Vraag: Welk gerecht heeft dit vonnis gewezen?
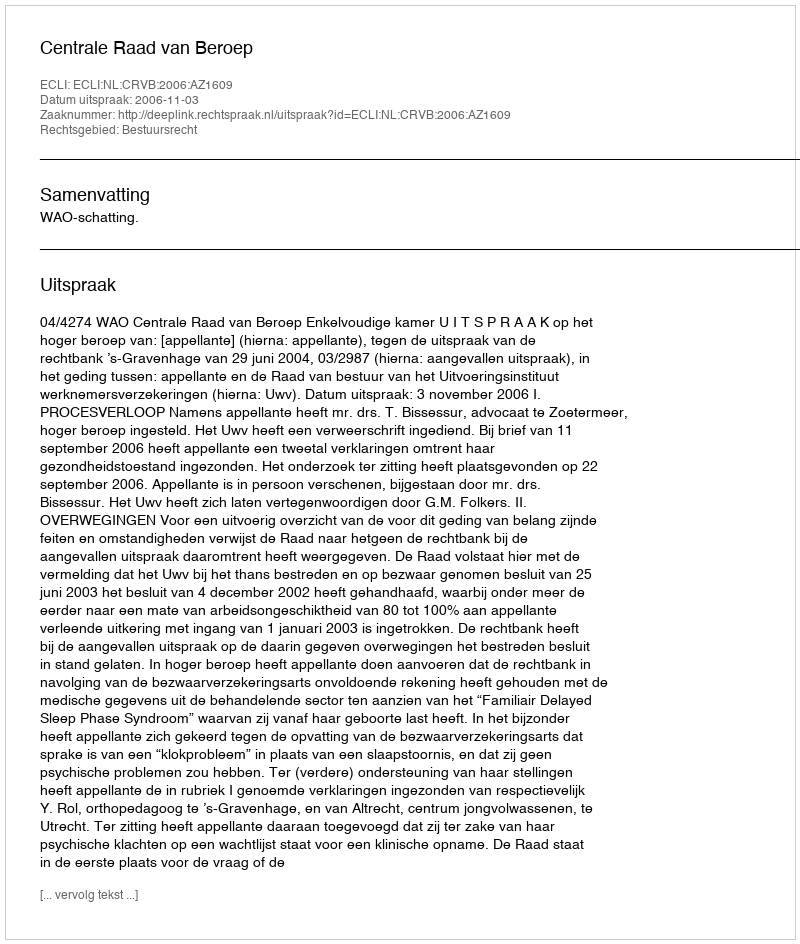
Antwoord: Centrale Raad van Beroep